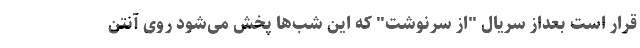
قرار است بعداز سریال "از سرنوشت" که این شب‌ها پخش می‌شود روی آنتن